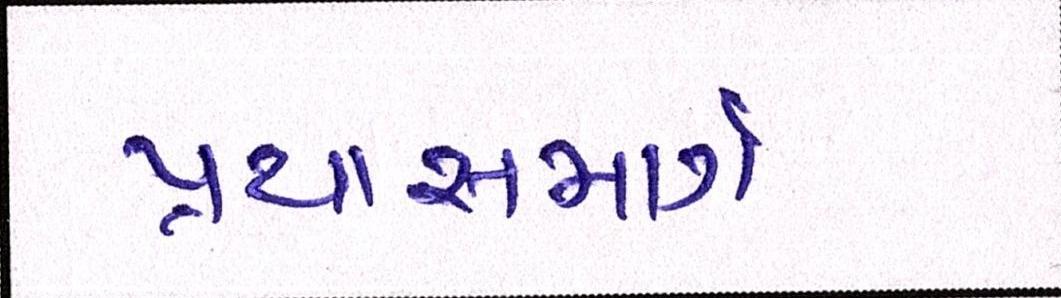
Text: પ્રયાસમાર્ગ